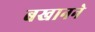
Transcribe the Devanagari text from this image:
बखानने